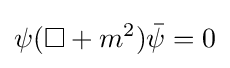
\psi (\square +m^{2}){\bar {\psi }}=0